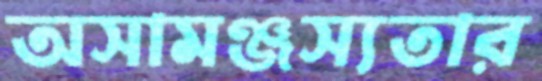
অসামঞ্জস্যতার